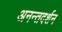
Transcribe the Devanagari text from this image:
अनन्तदर्शन